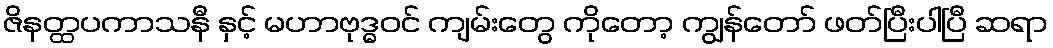
ဇိနတ္ထပကာသနီ နှင့် မဟာဗုဒ္ဓဝင် ကျမ်းတွေ ကိုတော့ ကျွန်တော် ဖတ်ပြီးပါပြီ ဆရာ